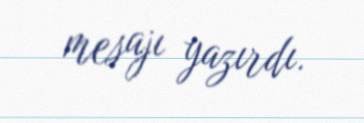
mesajı yazırdı.